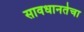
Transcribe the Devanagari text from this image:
सावधानतेचा